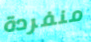
منفردة